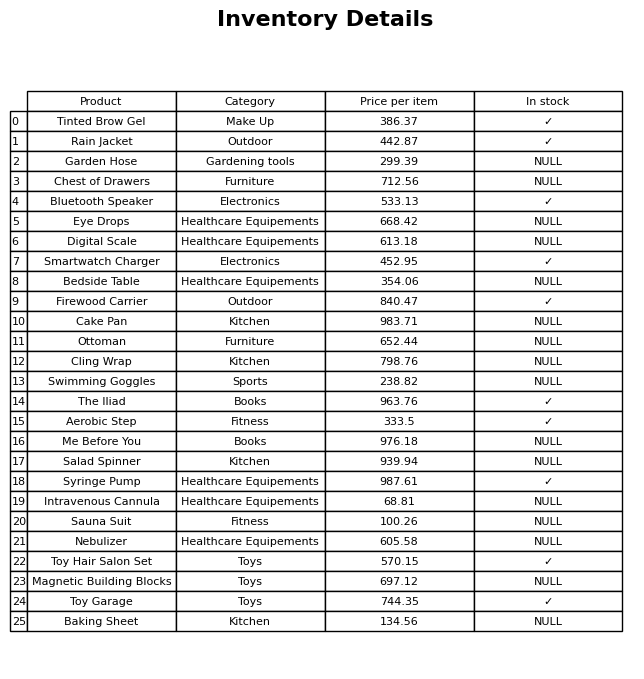
question: What is the price of the Swimming Goggles?
answer: The price of Swimming Goggles is 238.82.